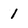
Character: 1